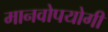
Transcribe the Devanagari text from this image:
मानवोपयोगी